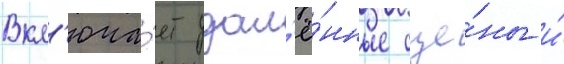
Вкл'юча́ет удал'ё́нные сце́ны и́